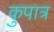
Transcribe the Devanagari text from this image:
कुपात्र